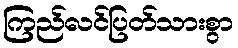
ကြည်လင်ပြတ်သားစွာ